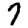
Digit: 7